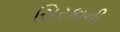
સિરકાની